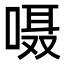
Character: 嗫